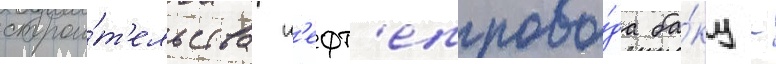
строи́т'ельства н'ефт'епрово́да ба́ку -